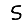
Digit: 5